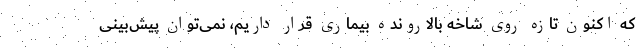
که اکنون تازه روی شاخه بالارونده بیماری قرار داریم، نمی‌توان پیش‌بینی